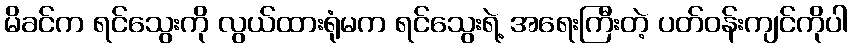
မိခင်က ရင်သွေးကို လွယ်ထားရုံမက ရင်သွေးရဲ့ အရေးကြီးတဲ့ ပတ်ဝန်းကျင်ကိုပါ